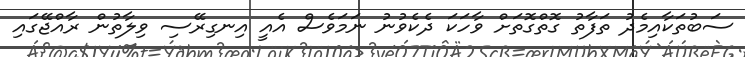
ސަބުތަކާއިމެދު ތަފާތު ގޮތްގޮތަށް ވާހަކަ ދެކެވުނު ނަމަވެސް އެއީ އިނގިރޭސި ވިލާތުން ރާއްޖޭގައި